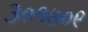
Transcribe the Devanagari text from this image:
३०१७०९